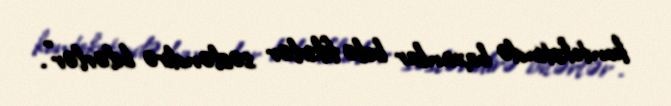
kontekstində baxanlar belə fikirlər səsləndirə bilərlər”.